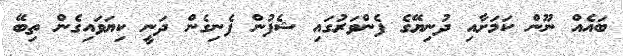
ބައެއް ނޫން ކަމަށާއި ދުނިޔޭގެ ފެންވަރުގައި ޝެފުން ފެނިގެން ދަނީ ކިޔަވައިގެން ތިބޭ